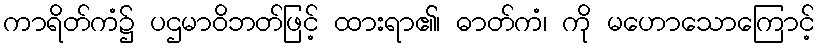
ကာရိတ်ကံ၌ ပဌမာဝိဘတ်ဖြင့် ထားရာ၏၊ ဓာတ်ကံ၊ ကို မဟောသောကြောင့်